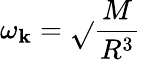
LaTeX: \omega_{\mathbf{k}}=\sqrt{}{{\frac{{M}}{{R^{3}}}}}